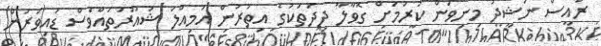
ރައީސް ނަޝީދު މިނިވަން ކުރުމަށް ގޮވާލާ ދިދަތަކުގެ އިތުރުން އަމިއްލަ ޝުއޫރުތައްވެސް ޑައިވަރުން